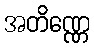
အတိဏ္ဏေ